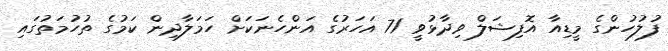
ފުލުހުންގެ މީޑިއާ އޮފިޝަލް ވިދާޅުވީ 71 އަހަރުގެ އަންހެނަކަށް ހަމަލާދިން ކަމުގެ ތުހުމަތުގައި